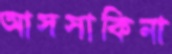
আসসাকিনা